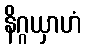
နိဂ္ဂယှာဟံ